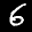
Label: 6